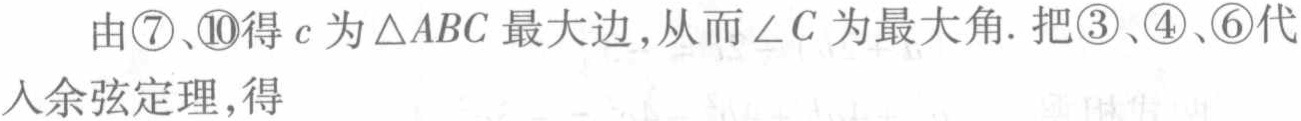
由\textcircled{7}、\textcircled{10}得\(c\)为\(\triangle ABC\)最大边,从而\(\angle C\)为最大角. 把\textcircled{3}、\textcircled{4}、\textcircled{6}代入余弦定理,得